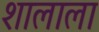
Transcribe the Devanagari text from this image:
शालाला